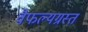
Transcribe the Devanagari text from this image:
वैफल्यग्रस्त